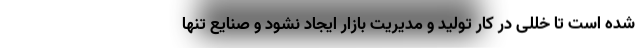
شده است تا خللی در کار تولید و مدیریت بازار ایجاد نشود و صنایع تنها